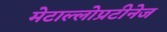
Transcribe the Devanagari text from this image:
मेटाल्लोप्रटीनेज